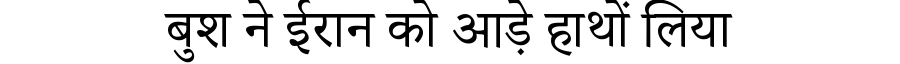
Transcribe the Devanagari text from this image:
बुश ने ईरान को आड़े हाथों लिया